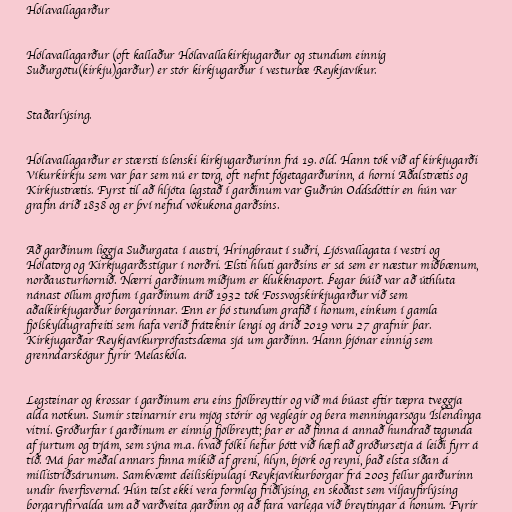
Hólavallagarður

Hólavallagarður (oft kallaður Hólavallakirkjugarður og stundum einnig
Suðurgötu(kirkju)garður) er stór kirkjugarður í vesturbæ Reykjavíkur.

Staðarlýsing.

Hólavallagarður er stærsti íslenski kirkjugarðurinn frá 19. öld. Hann tók við af kirkjugarði
Víkurkirkju sem var þar sem nú er torg, oft nefnt fógetagarðurinn, á horni Aðalstrætis og
Kirkjustrætis. Fyrst til að hljóta legstað í garðinum var Guðrún Oddsdóttir en hún var
grafin árið 1838 og er því nefnd vökukona garðsins.

Að garðinum liggja Suðurgata í austri, Hringbraut í suðri, Ljósvallagata í vestri og
Hólatorg og Kirkjugarðsstígur í norðri. Elsti hluti garðsins er sá sem er næstur miðbænum,
norðausturhornið. Nærri garðinum miðjum er klukknaport. Þegar búið var að úthluta
nánast öllum gröfum í garðinum árið 1932 tók Fossvogskirkjugarður við sem
aðalkirkjugarður borgarinnar. Enn er þó stundum grafið í honum, einkum í gamla
fjölskyldugrafreiti sem hafa verið fráteknir lengi og árið 2019 voru 27 grafnir þar.
Kirkjugarðar Reykjavíkurprófastsdæma sjá um garðinn. Hann þjónar einnig sem
grenndarskógur fyrir Melaskóla.

Legsteinar og krossar í garðinum eru eins fjölbreyttir og við má búast eftir tæpra tveggja
alda notkun. Sumir steinarnir eru mjög stórir og veglegir og bera menningarsögu Íslendinga
vitni. Gróðurfar í garðinum er einnig fjölbreytt; þar er að finna á annað hundrað tegunda
af jurtum og trjám, sem sýna m.a. hvað fólki hefur þótt við hæfi að gróðursetja á leiði fyrr á
tíð. Má þar meðal annars finna mikið af greni, hlyn, björk og reyni, það elsta síðan á
millistríðsárunum. Samkvæmt deiliskipulagi Reykjavíkurborgar frá 2003 fellur garðurinn
undir hverfisvernd. Hún telst ekki vera formleg friðlýsing, en skoðast sem viljayfirlýsing
borgaryfirvalda um að varðveita garðinn og að fara varlega við breytingar á honum. Fyrir